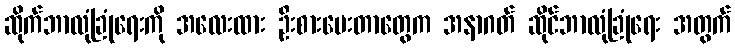
ဆိုက်ဘာလုံခြုံရေးကို အလေးထား ဦးစားပေးတာတွေက အနာဂတ် ဆိုင်ဘာလုံခြုံရေး အတွက်